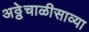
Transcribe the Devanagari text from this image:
अठ्ठेचाळीसाव्या